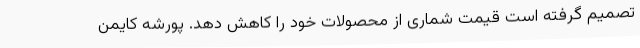
تصمیم گرفته است قیمت شماری از محصولات خود را کاهش دهد. پورشه کایمن